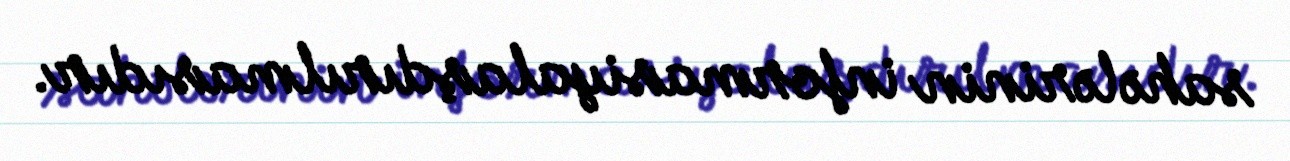
sahələrinin informasiyalaşdırılmasıdır.